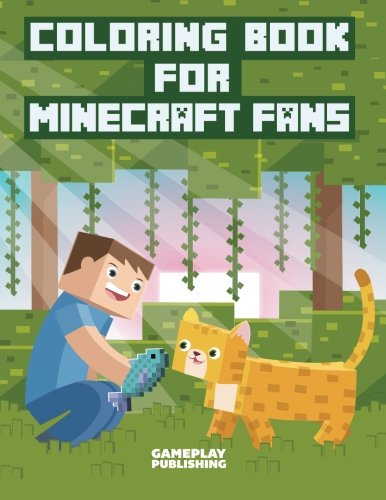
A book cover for Coloring Book For Minecraft Fans; Gameplay Publishing; Children's Books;